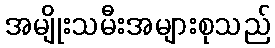
အမျိုးသမီးအများစုသည်